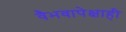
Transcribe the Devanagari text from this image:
वैभवापेक्षाही